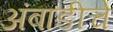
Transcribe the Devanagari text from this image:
अंबाडीचे